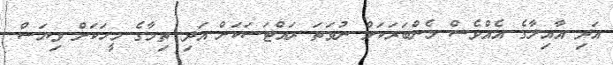
އަދި އާއިލާގެ އެއްވެސް މެންބަރަކަށް ނުވަތަ ރައްޓަސަކަށް އަދި ތިމާގެ މީހަކަށް ވިޔަސް